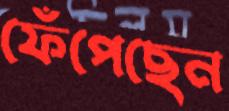
ফেঁপেছেন